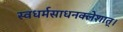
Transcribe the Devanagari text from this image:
स्वधर्मसाधनक्लेशात्‌।